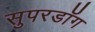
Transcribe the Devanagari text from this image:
सुपरडॉग